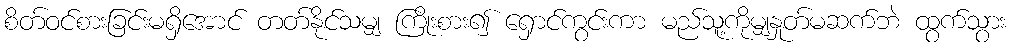
စိတ်ဝင်စားခြင်းမရှိအောင် တတ်နိုင်သမျှ ကြိုးစား၍ ရှောင်ကွင်းကာ မည်သူ့ကိုမျှနှုတ်မဆက်ဘဲ ထွက်သွား